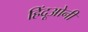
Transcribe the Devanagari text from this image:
हिंदूओनी